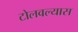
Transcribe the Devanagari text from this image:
टोलवल्यास